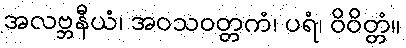
အလဗ္ဘနီယံ၊ အဝသဝတ္တကံ၊ ပရံ၊ ဝိဝိတ္တံ။